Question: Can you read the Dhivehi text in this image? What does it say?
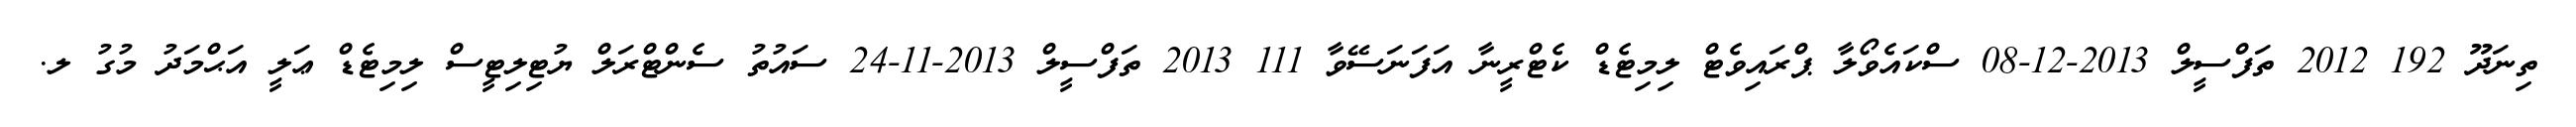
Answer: ތިނަދޫ 192 2012 ތަފްސީލް 2013-12-08 ސްކައެވޯލާ ޕްރައިވެޓް ލިމިޓެޑް ކެޓްރީނާ އަފަނަސޭވާ 111 2013 ތަފްސީލް 2013-11-24 ސައުތު ސެންޓްރަލް ޔުޓިލިޓީސް ލިމިޓެޑް ޢަލީ އަޙްމަދު މުގު ލ.